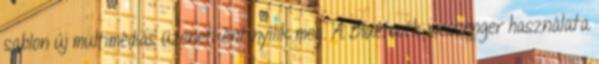
sablon új multimédiás üzenetként nyílik meg. A Bluetooth-messenger használata